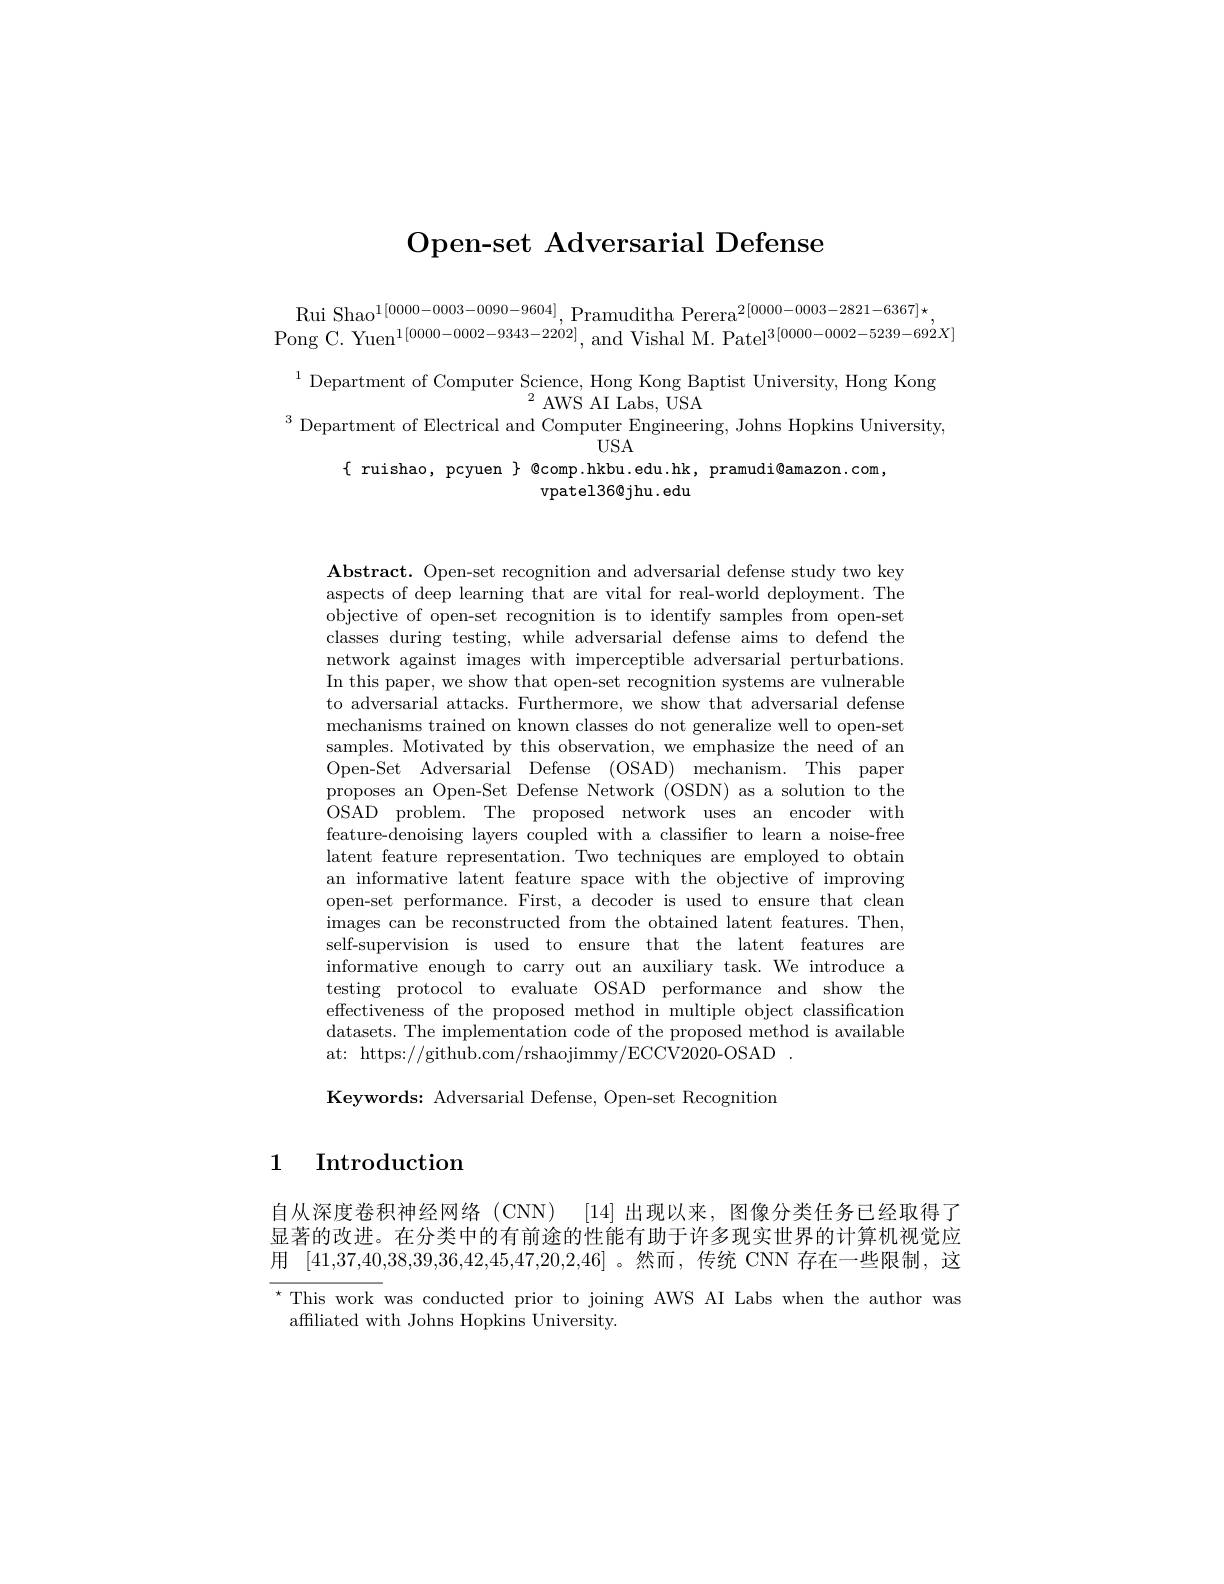
Open-set Adversarial Defense

$\begin{array}{c}{\mathrm{Rui~Shao}^{1[0000-0003-0090-9604]},\mathrm{Pramuditha~Perera}^{2[0000-0003-2821-6367]\star}}\\{\mathrm{ng~C.~Yuen}^{1[0000-0002-9343-2202]},\mathrm{~and~Vishal~M.~Patel}^{3[0000-0002-5239-692]\star},}\\\end{array}$

$^{1}$Department of Computer Science, Hong Kong Baptist University, Hong Kong Department of Electrical and Computer Engineering, Johns Hopkins University

$\{$ ruishao, pcyuen $\}$ @comp.hkbu.edu.hk, pramudi@amazon.com,
vpatel36@jhu. edu

Abstract. Open-set recognition and adversarial defense study two key aspects of deep learning that are vital for real-world deployment. The objective of open-set recognition is to identify samples from open-set classes during testing, while adversarial defense aims to defend the network against images with imperceptible adversarial perturbations. In this paper, we show that open-set recognition systems are vulnerable to adversarial attacks. Furthermore, we show that adversarial defense mechanisms trained on known classes do not generalize well to open-set samples. Motivated by this observation, we emphasize the need of an Open-Set Adversarial Defense (OSAD) mechanism. This paper proposes an Open-Set Defense Network (OSDN) as a solution to the OSAD problem. The proposed network uses an encoder with feature-denoising layers coupled with a classifier to learn a noise-free latent feature representation. Two techniques are employed to obtain an informative latent feature space with the objective of improving open-set performance. First, a decoder is used to ensure that clean images can be reconstructed from the obtained latent features. Then, self-supervision is used to ensure that the latent features are informative enough to carry out an auxiliary task. We introduce a testing protocol to evaluate OSAD performance and show the effectiveness of the proposed method in multiple object classification datasets. The implementation code of the proposed method is available at: https://github.com/rshaojimmy/ECCV2020-OSAD

Keywords: Adversarial Defense, Open-set Recognition

1 Introduction

自从深度卷积神经网络(CNN) [14]出现以来，图像分类任务已经取得了显著的改进。在分类中的有前途的性能有助于许多现实世界的计算机视觉应用[41,37,40,38,39,36,42,45,47,20,2,46] 。然而，传统 CNN 存在一些限制，这$^{\star}$This work was conducted prior to joining AWS AI Labs when the author was affiliated with Johns Hopkins University